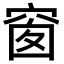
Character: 窗